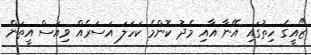
ޒޯއީގެ ހިތުގައި އޭނާ އާއި މެދު ކޮންމެ ކަހަލަ އަސަރެއް ވިއަސް އީތަން